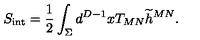
S _ { \mathrm { { \small i n t } } } = { \frac { 1 } { 2 } } \int _ { \Sigma } d ^ { D - 1 } x T _ { M N } { \widetilde h } ^ { M N } .